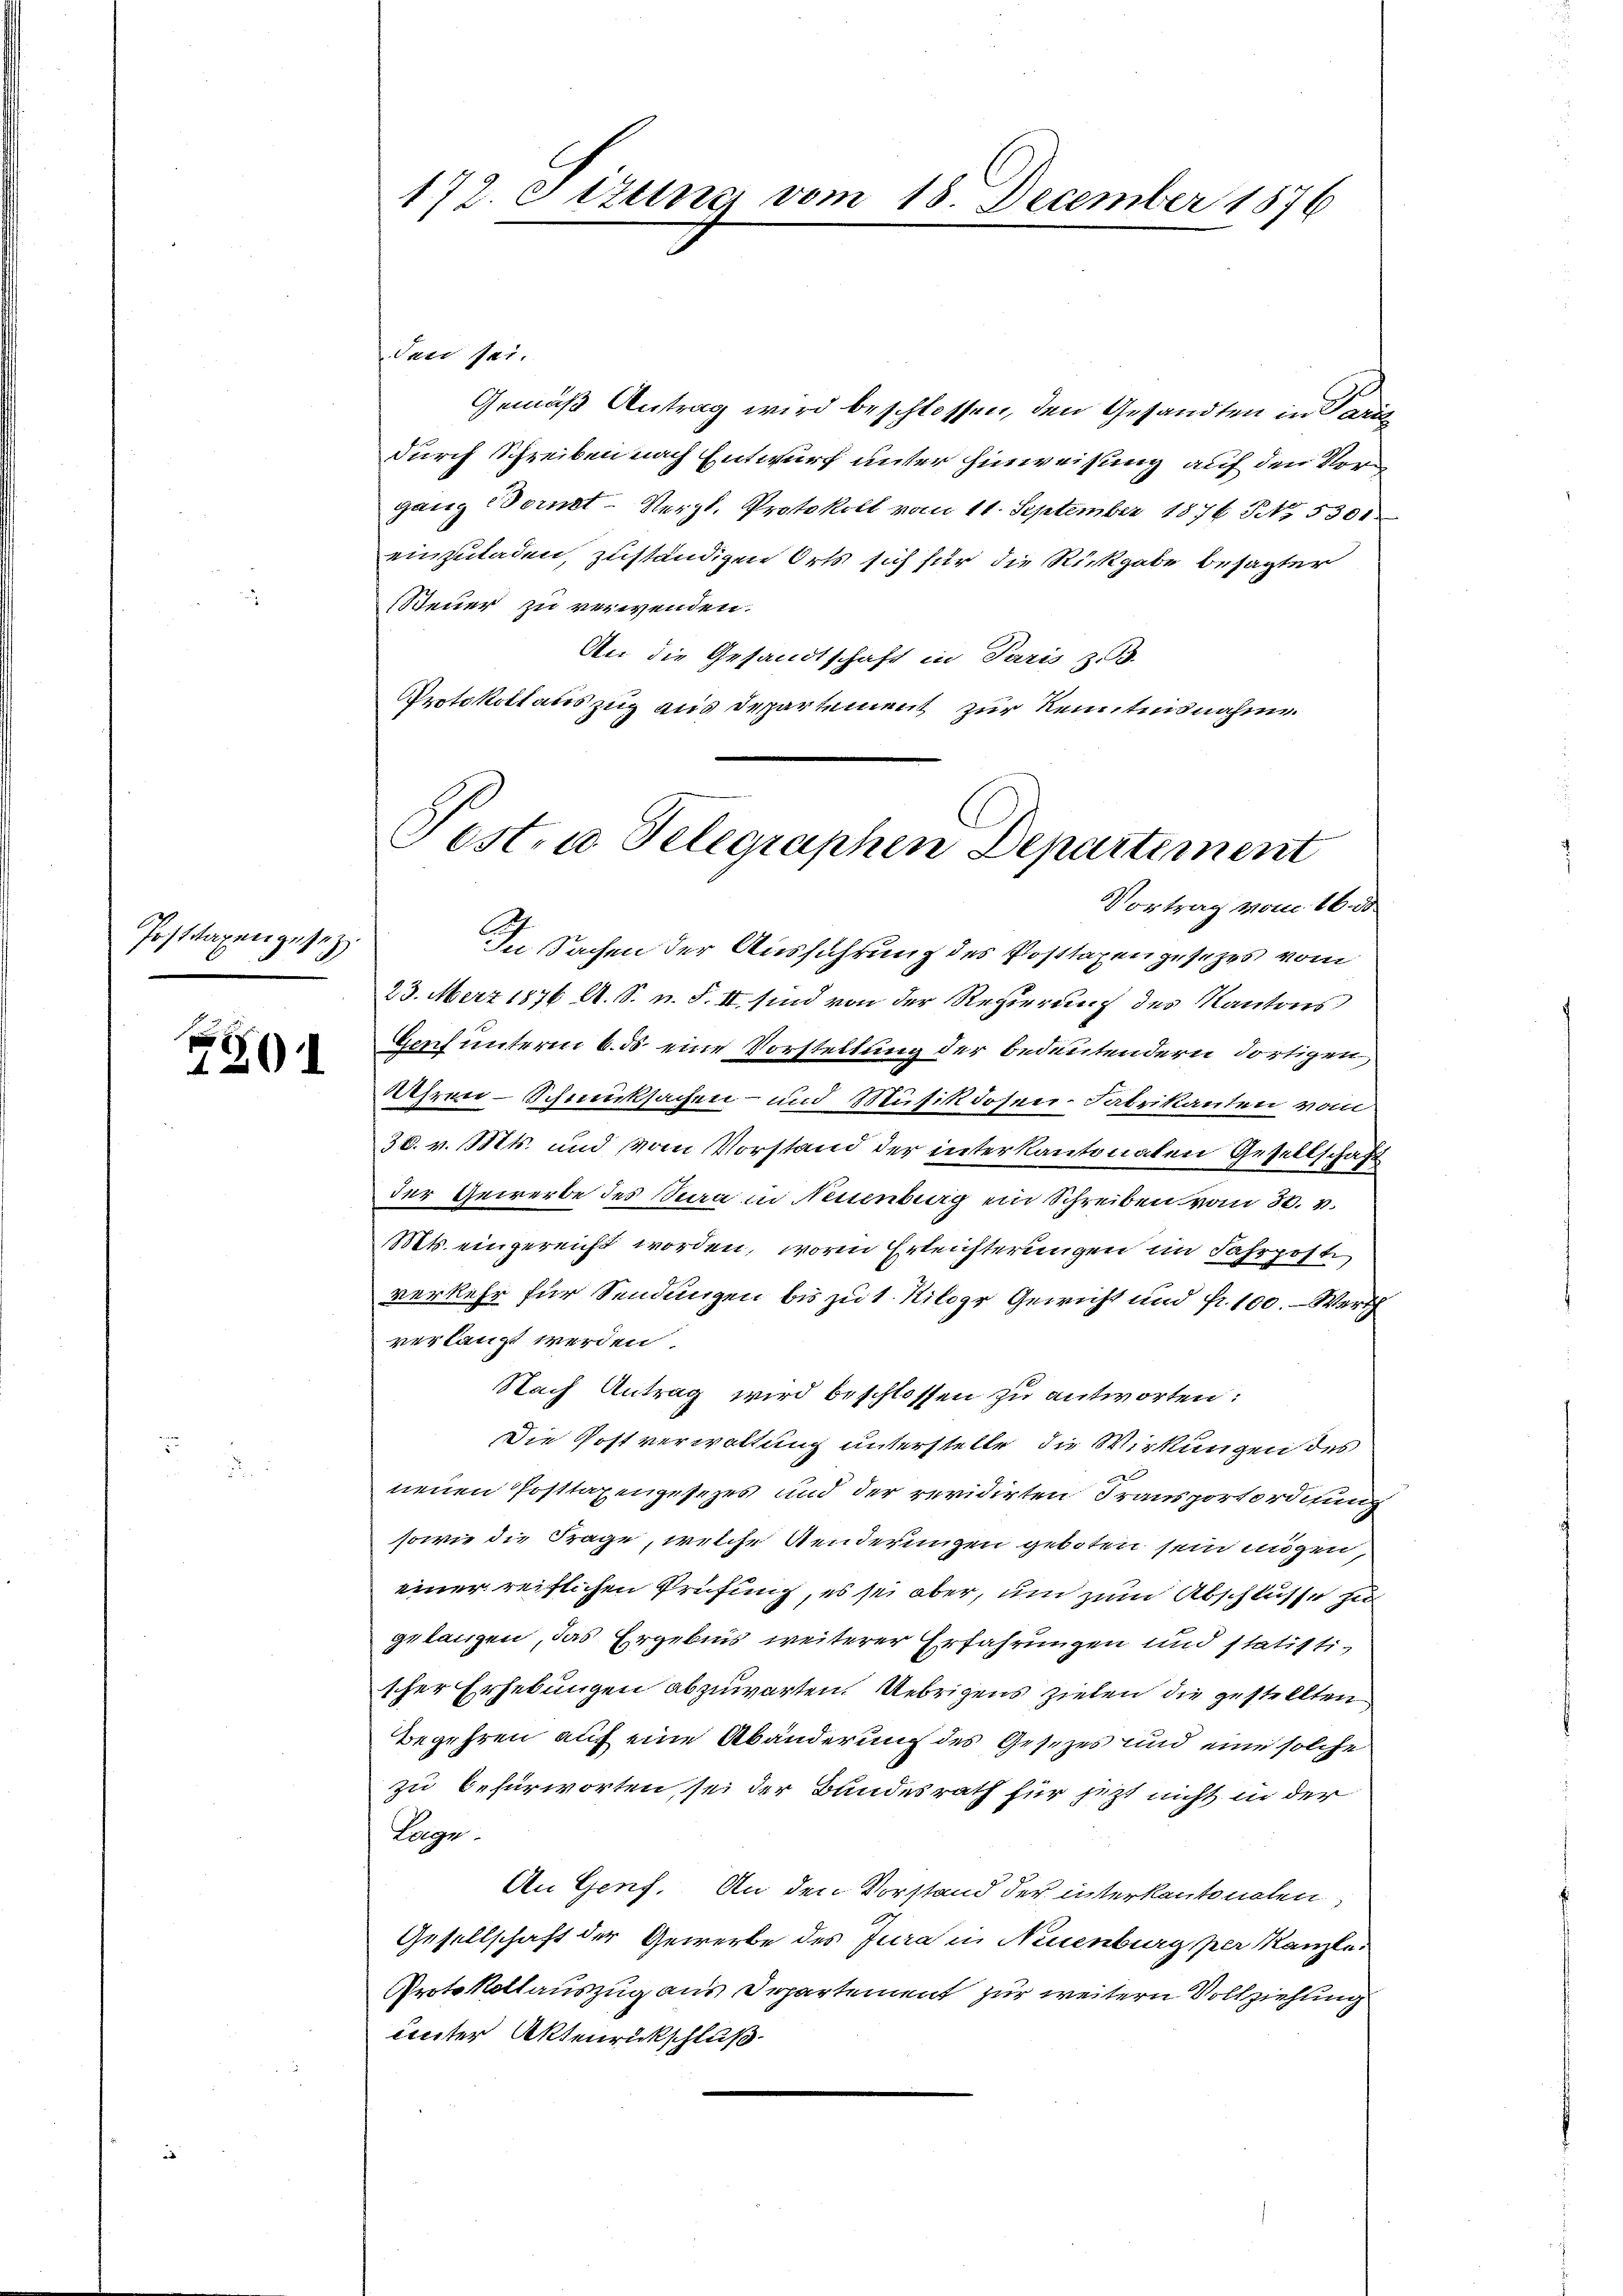
Posttagen gesetz

120

dan sei.
Gemäß Antrag wird beschlossen, den Gesandten in Paris
durch Schreiben nach Entwurf unter hinweisung auf den Vorgang einet-Vergl. Protokoll vom 11. September 1876 No. 5300
einzuladen, zuständigen Orts sich für die Rückgabe besagter
Steuer zu verwenden.
An die Gesandtschaft in Paris z. B.
Protokollauszug aus Departement zur Kenntnisnahme.

172. Fizung vom

18. December 1876

est. u. Telegraphen Departement
Vortrag vom 16. de
In Sachen der Ausführung des Posttaxen gesezes vom

23. März 1876 A. S. u. S. II sind von der Regierung des Kantons
Genf unterm 6. ds. eine Vorstellung der bedeutendern dortigen,
Jahren-Schmucksachen- und Musikdosen-Fabrikanton vom
30. v. Mts. und von Vorstand der interkantonalen Gesellschaft
der Gewerbe des Bura in Neuenburg ein Schreiben vom 30. v.
Mts. eingereicht worden, worin Erleichterungen im Fahrposte
verkehr für Sendungen bis zu 1. Kilogr Gewicht und fr. 100. - Werth
verlangt werden.
Nach Antrag wird beschlossen zu antworten:
Die Postverwaltung unterstelle die Wirkungen des
neuen Posttaxengesezes und der revidirten Transportordnung
sowie die Frage, welche Aenderungen geboten sein mögen,
einer reiflichen Prüfung, es sei aber, um zum Abschlüsse zu
gelangen, das Ergebnis weiterer Erfahrungen und statisti-
scher Erhebungen abzuwarten. Uebrigens zielen die gestellten
Begehren auf eine Abänderung des Gesetzes und eine solche
zu befürworten sei der Bundesrath für jetzt nicht in der
Lage.
An Genf. An den Vorstand der interkantonalen,
Gesellschaft der Gewerbe des Jura in Neuenburg per Kanzle
Protokollauszug aus Departement zur weitern Vollziehung
unter Aktenrückschluß